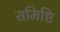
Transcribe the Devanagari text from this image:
समिष्टि